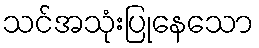
သင်အသုံးပြုနေသော